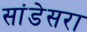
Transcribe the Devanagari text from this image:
सांडेसरा